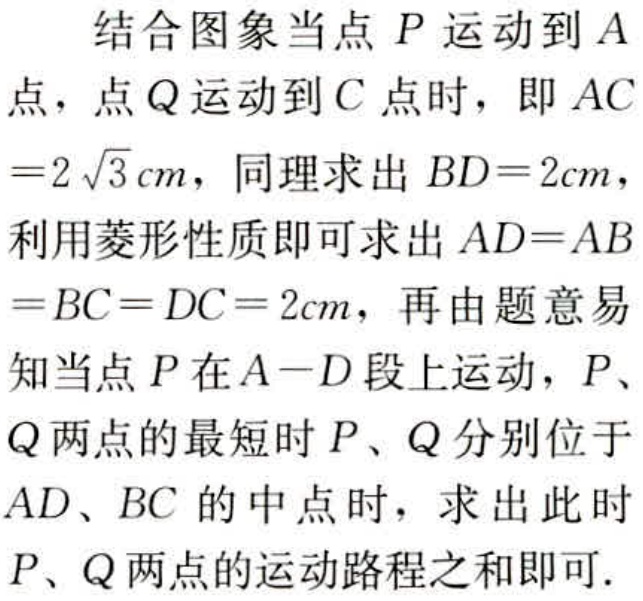
结合图象当点 \(P\) 运动到 \(A\) 点，点 \(Q\) 运动到 \(C\) 点时，即 \(AC = 2\sqrt{3}cm\)，同理求出 \(BD = 2cm\)，利用菱形性质即可求出 \(AD = AB=BC = DC = 2cm\)，再由题意易知当点 \(P\) 在 \(A - D\) 段上运动，\(P\)、\(Q\) 两点的最短时 \(P\)、\(Q\) 分别位于 \(AD\)、\(BC\) 的中点时，求出此时 \(P\)、\(Q\) 两点的运动路程之和即可.